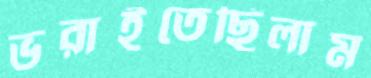
ভরাইতেছিলাম